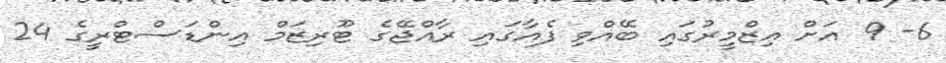
6- 9 އަށް އިޒްމީރުގައި ބޭއްވި ފެއާގައި ރާއްޖޭގެ ޓޫރިޒަމް އިންޑަސްޓްރީގެ 24